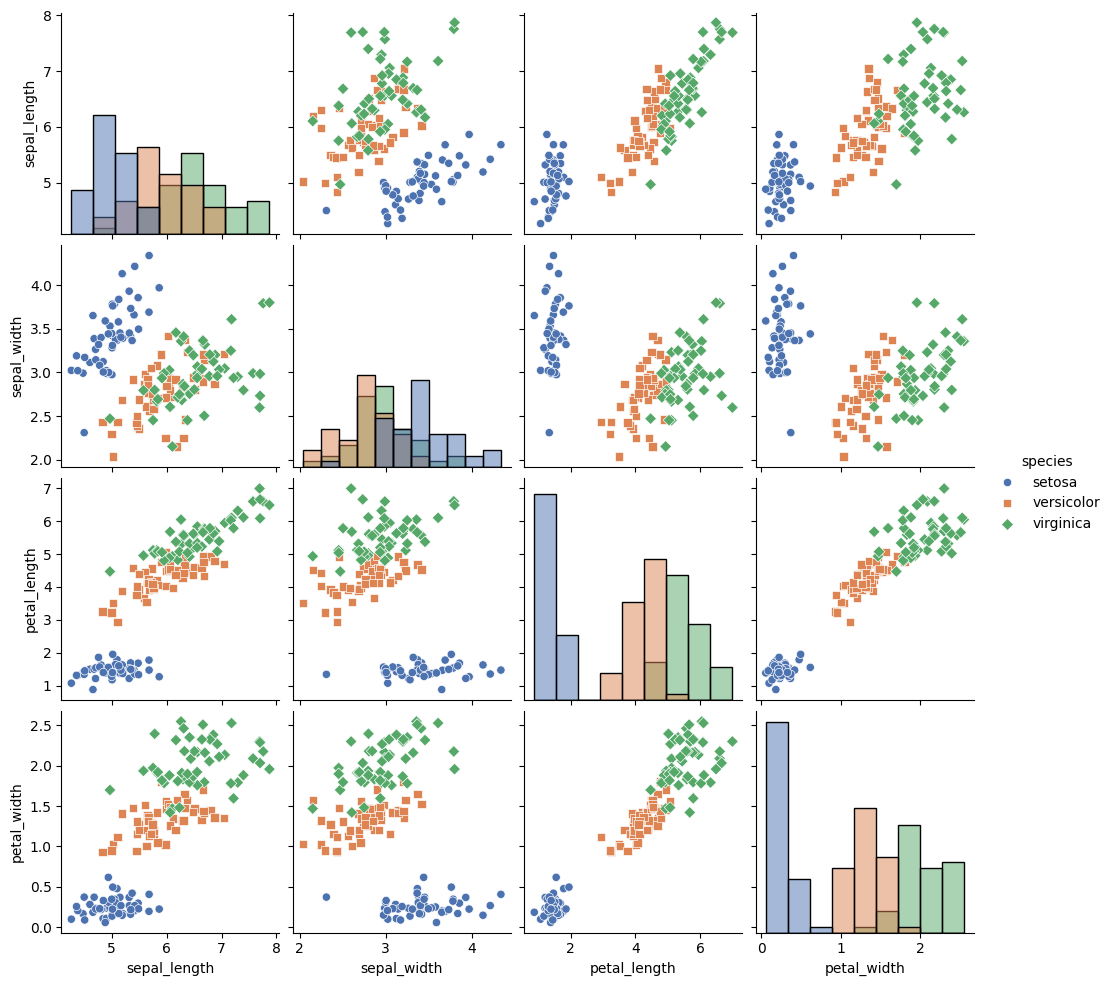
python, seaborn, pairplot, palette='deep', markers=['o', 's', 'D'], kind='scatter', diag_kind='hist'